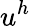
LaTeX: u^{h}